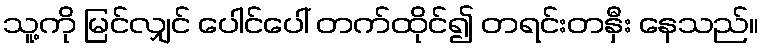
သူ့ကို မြင်လျှင် ပေါင်ပေါ် တက်ထိုင်၍ တရင်းတနှီး နေသည်။